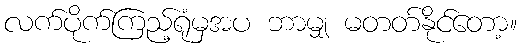
လက်ပိုက်ကြည့်ရုံမှအပ ဘာမျှ မတတ်နိုင်တော့။